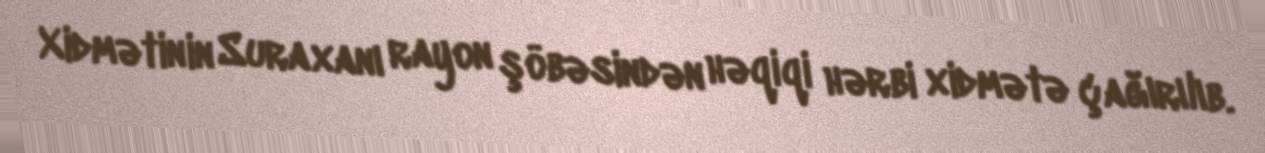
Xidmətinin Suraxanı rayon şöbəsindən həqiqi hərbi xidmətə çağırılıb.